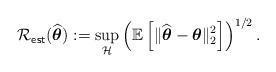
LaTeX: \begin{align*}\mathcal{R}_{\sf est} (\widehat{\boldsymbol{\theta}}):= \sup_{\mathcal{H}} \left(\mathbb{E}\left[\|\widehat{\boldsymbol{\theta}}-\boldsymbol{\theta}\|_2^2\right]\right)^{1/2}.\end{align*}